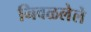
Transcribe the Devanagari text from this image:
निवळलेले